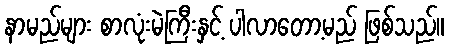
နာမည်များ စာလုံးမဲကြီးနှင့် ပါလာတော့မည် ဖြစ်သည်။